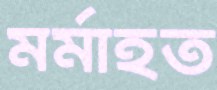
মর্মাহত